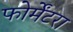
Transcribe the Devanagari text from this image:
फोर्मेंटरा